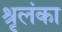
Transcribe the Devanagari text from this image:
श्रृलंका